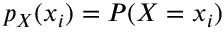
p _ { X } ( x _ { i } ) = P ( X = x _ { i } )